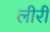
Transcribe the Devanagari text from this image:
लीरी